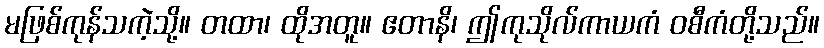
မဖြစ်ကုန်သကဲ့သို့။ တထာ၊ ထိုအတူ။ ဧတာနိ၊ ဤကုသိုလ်ကာယကံ ဝစီကံတို့သည်။